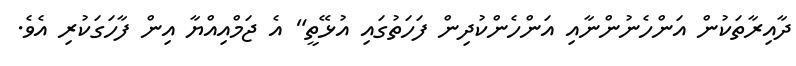
ދާއިރާތަކުން އަންހެނުންނާއި އަންހެންކުދިން ފަހަތުގައި އުޅޭތީ" އެ ޖަމްއިއްޔާ އިން ފާހަގަކުރި އެވެ.